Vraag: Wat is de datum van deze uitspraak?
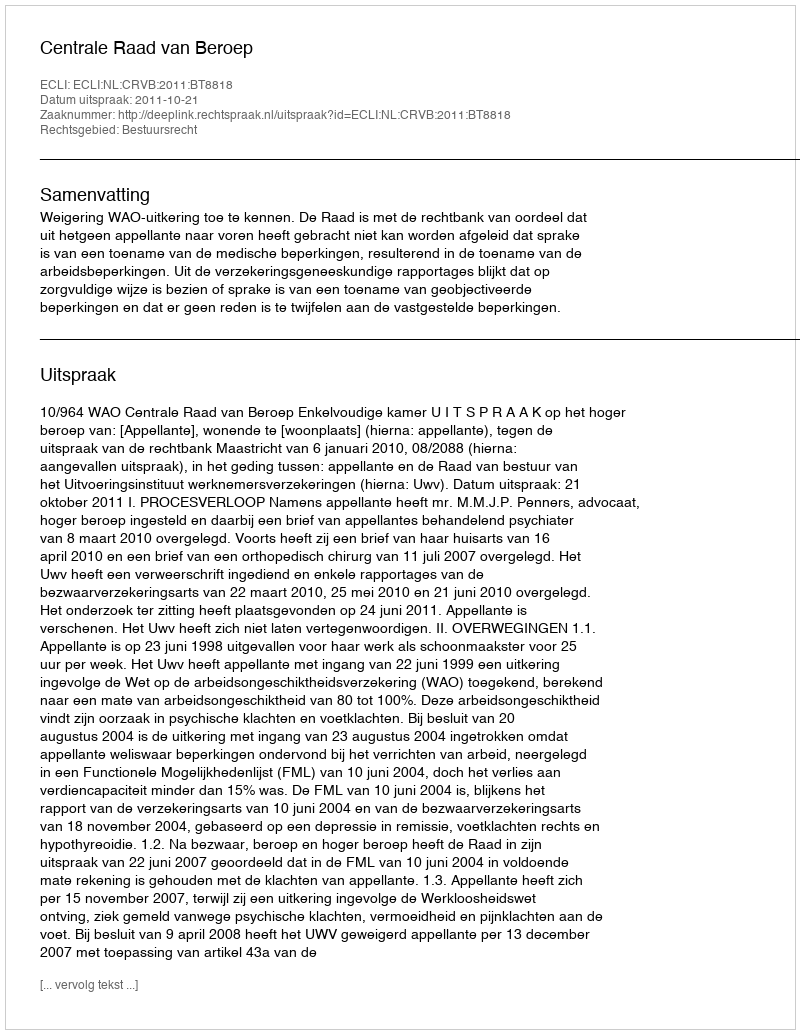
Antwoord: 2011-10-21